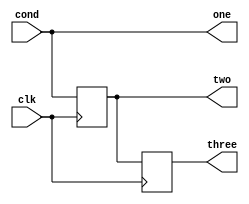
`timescale 1ns / 1ps

module trigger(
  input clk,
  input cond,
  output one,
  output reg two,
  output reg three);

assign one = cond;

always @(posedge clk) begin
  two <= one;
  three <= two;
end

endmodule